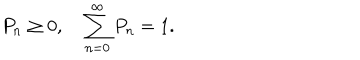
P _ { n } \ge 0 , \quad \sum _ { n = 0 } ^ { \infty } P _ { n } = 1 .